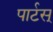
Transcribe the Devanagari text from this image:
पार्टस्